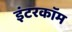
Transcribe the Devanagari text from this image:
इंटरकाॅम